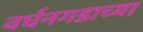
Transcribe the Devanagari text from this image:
वर्धनगडाच्या